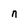
Character: n